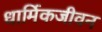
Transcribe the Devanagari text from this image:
धार्मिकजीवन